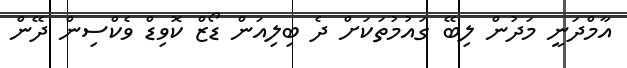
އާމްދަނީ މަދުން ލިބޭ ގައުމުތަކަށް ދެ ބިލިއަން ޑޯޒް ކޮވިޑް ވެކްސިން ދޭން